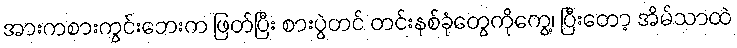
အားကစားကွင်းဘေးက ဖြတ်ပြီး စားပွဲတင် တင်းနစ်ခုံတွေကိုကွေ့၊ ပြီးတော့ အိမ်သာထဲ